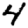
Digit: 4